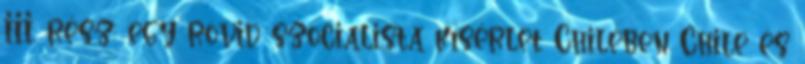
III. rész: egy rövid szocialista kísérlet Chilében Chile és